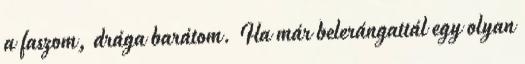
a faszom, drága barátom. Ha már belerángattál egy olyan